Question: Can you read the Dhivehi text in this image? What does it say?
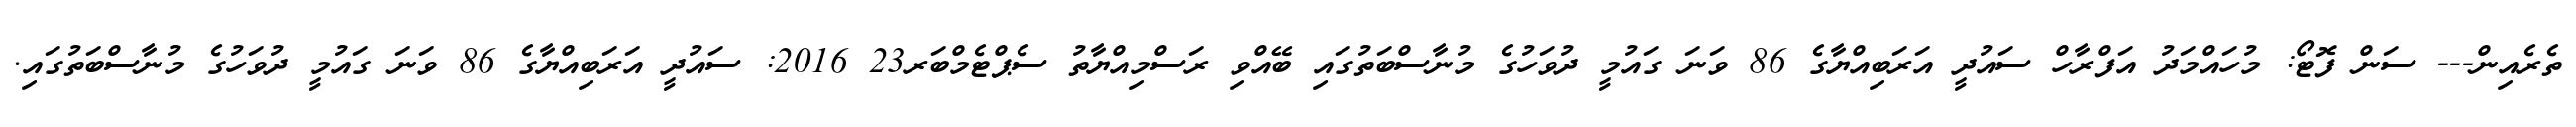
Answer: ތެރެއިން--- ސަން ފޮޓޯ: މުހައްމަދު އަފްރާހް ސައުދީ އަރަބިއްޔާގެ 86 ވަނަ ގައުމީ ދުވަހުގެ މުނާސްބަތުގައި ބޭއްވި ރަސްމިއްޔާތު ސެޕްޓެމްބަރ23 2016: ސައުދީ އަރަބިއްޔާގެ 86 ވަނަ ގައުމީ ދުވަހުގެ މުނާސްބަތުގައި.